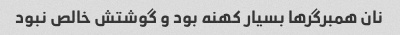
نان همبرگر‌ها بسیار کهنه بود و گوشتش خالص نبود